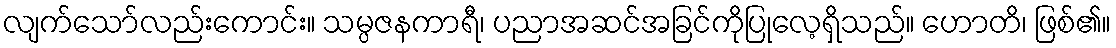
လျက်သော်လည်းကောင်း။ သမ္ပဇနကာရီ၊ ပညာအဆင်အခြင်ကိုပြုလေ့ရှိသည်။ ဟောတိ၊ ဖြစ်၏။